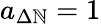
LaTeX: a_{\Delta\mathbb{N}}=1